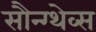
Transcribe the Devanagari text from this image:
सौन्ग्थेव्स